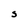
Character: S